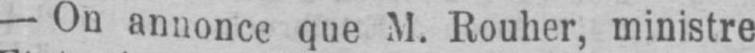
- On annonce que M. Rouher, ministre